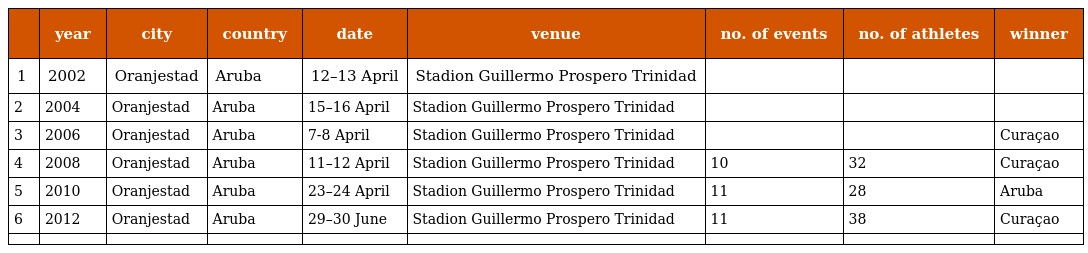
|  | year | city | country | date | venue | no. of events | no. of athletes | winner |
 | --- | --- | --- | --- | --- | --- | --- | --- | --- |
 | 1 | 2002 | Oranjestad | Aruba | 12–13 April | Stadion Guillermo Prospero Trinidad |  |  |  |
 | 2 | 2004 | Oranjestad | Aruba | 15–16 April | Stadion Guillermo Prospero Trinidad |  |  |  |
 | 3 | 2006 | Oranjestad | Aruba | 7-8 April | Stadion Guillermo Prospero Trinidad |  |  | Curaçao |
 | 4 | 2008 | Oranjestad | Aruba | 11–12 April | Stadion Guillermo Prospero Trinidad | 10 | 32 | Curaçao |
 | 5 | 2010 | Oranjestad | Aruba | 23–24 April | Stadion Guillermo Prospero Trinidad | 11 | 28 | Aruba |
 | 6 | 2012 | Oranjestad | Aruba | 29–30 June | Stadion Guillermo Prospero Trinidad | 11 | 38 | Curaçao |
 |  |  |  |  |  |  |  |  |  |